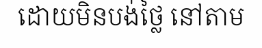
ដោយមិនបង់ថ្លៃ នៅតាម